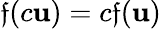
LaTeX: \mathfrak{f}(c\mathbf{{u}})=c\mathfrak{f}(\mathbf{{u}})